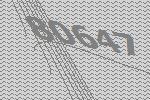
80647